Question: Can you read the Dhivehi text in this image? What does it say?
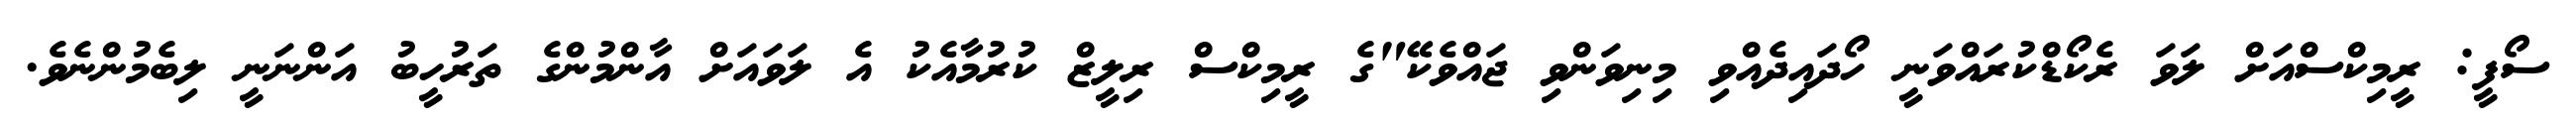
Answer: ސޯފީ: ރީމިކްސްއަށް ލަވަ ރެކޯޑްކުރައްވަނީ ހޯދައިދެއްވި މިނިވަންވި ޖައްވެކޭ"ގެ ރީމިކްސް ރިލީޒް ކުރުމާއެކު އެ ލަވައަށް އާންމުންގެ ތަރުހީބު އަންނަނީ ލިބެމުންނެވެ.